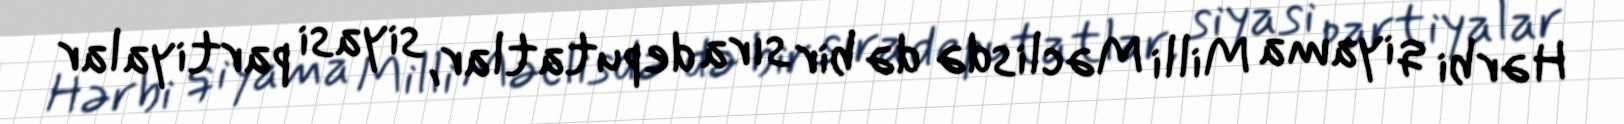
Hərbi qiyama Milli Məclisdə də bir sıra deputatlar, siyasi partiyalar